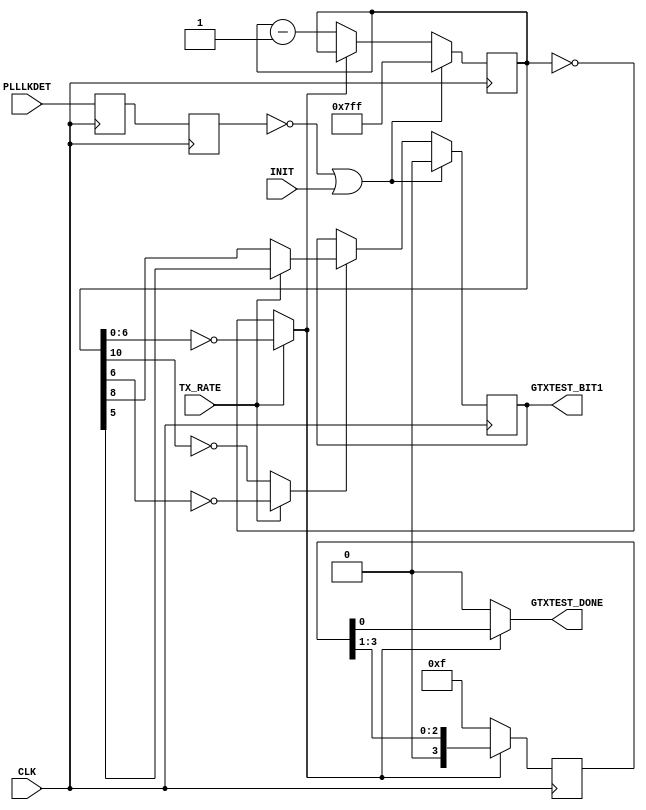
`timescale 1ns / 1ps

module clk_div_reset #(
	parameter TMR = 0
)
(
	input  	CLK,
	input  	PLLLKDET,
	input  	TX_RATE,
	input  	INIT,
   output   GTXTEST_DONE,
	output 	GTXTEST_BIT1
);


generate
if(TMR==1) 
begin : ClkDivRst_TMR
	
	(* syn_preserve = "true" *) reg         plllkdet_sync_1;
	(* syn_preserve = "true" *) reg         plllkdet_sync_2;
	(* syn_preserve = "true" *) reg         plllkdet_sync_3;
	(* syn_preserve = "true" *) reg         plllkdet_1;
	(* syn_preserve = "true" *) reg         plllkdet_2;
	(* syn_preserve = "true" *) reg         plllkdet_3;
	(* syn_preserve = "true" *) reg  [10:0] reset_dly_ctr_1;
	(* syn_preserve = "true" *) reg  [10:0] reset_dly_ctr_2;
	(* syn_preserve = "true" *) reg  [10:0] reset_dly_ctr_3;
	(* syn_preserve = "true" *) reg         reset_dly_done_1;
	(* syn_preserve = "true" *) reg         reset_dly_done_2;
	(* syn_preserve = "true" *) reg         reset_dly_done_3;
	(* syn_preserve = "true" *) reg  [3:0]  testdone_f_1;
	(* syn_preserve = "true" *) reg  [3:0]  testdone_f_2;
	(* syn_preserve = "true" *) reg  [3:0]  testdone_f_3;
	
	(* syn_keep = "true" *) wire          vt_plllkdet_sync_1;
	(* syn_keep = "true" *) wire          vt_plllkdet_sync_2;
	(* syn_keep = "true" *) wire          vt_plllkdet_sync_3;
	(* syn_keep = "true" *) wire          vt_plllkdet_1;
	(* syn_keep = "true" *) wire          vt_plllkdet_2;
	(* syn_keep = "true" *) wire          vt_plllkdet_3;
	(* syn_keep = "true" *) wire   [10:0] vt_reset_dly_ctr_1;
	(* syn_keep = "true" *) wire   [10:0] vt_reset_dly_ctr_2;
	(* syn_keep = "true" *) wire   [10:0] vt_reset_dly_ctr_3;
	(* syn_keep = "true" *) wire          vt_reset_dly_done_1;
	(* syn_keep = "true" *) wire          vt_reset_dly_done_2;
	(* syn_keep = "true" *) wire          vt_reset_dly_done_3;
	
	(* syn_keep = "true" *) wire          vt_testdone_f;
	
	(* syn_keep = "true" *) wire zero_match_1;
	(* syn_keep = "true" *) wire zero_match_2;
	(* syn_keep = "true" *) wire zero_match_3;
	(* syn_keep = "true" *) wire hbit_zero_1;
	(* syn_keep = "true" *) wire hbit_zero_2;
	(* syn_keep = "true" *) wire hbit_zero_3;
	(* syn_keep = "true" *) wire rst_bit_1;
	(* syn_keep = "true" *) wire rst_bit_2;
	(* syn_keep = "true" *) wire rst_bit_3;

	assign vt_plllkdet_sync_1  = (plllkdet_sync_1  & plllkdet_sync_2 ) | (plllkdet_sync_2  & plllkdet_sync_3 ) | (plllkdet_sync_1  & plllkdet_sync_3 ); // Majority logic
	assign vt_plllkdet_sync_2  = (plllkdet_sync_1  & plllkdet_sync_2 ) | (plllkdet_sync_2  & plllkdet_sync_3 ) | (plllkdet_sync_1  & plllkdet_sync_3 ); // Majority logic
	assign vt_plllkdet_sync_3  = (plllkdet_sync_1  & plllkdet_sync_2 ) | (plllkdet_sync_2  & plllkdet_sync_3 ) | (plllkdet_sync_1  & plllkdet_sync_3 ); // Majority logic
	assign vt_plllkdet_1       = (plllkdet_1       & plllkdet_2      ) | (plllkdet_2       & plllkdet_3      ) | (plllkdet_1       & plllkdet_3      ); // Majority logic
	assign vt_plllkdet_2       = (plllkdet_1       & plllkdet_2      ) | (plllkdet_2       & plllkdet_3      ) | (plllkdet_1       & plllkdet_3      ); // Majority logic
	assign vt_plllkdet_3       = (plllkdet_1       & plllkdet_2      ) | (plllkdet_2       & plllkdet_3      ) | (plllkdet_1       & plllkdet_3      ); // Majority logic
	assign vt_reset_dly_ctr_1  = (reset_dly_ctr_1  & reset_dly_ctr_2 ) | (reset_dly_ctr_2  & reset_dly_ctr_3 ) | (reset_dly_ctr_1  & reset_dly_ctr_3 ); // Majority logic
	assign vt_reset_dly_ctr_2  = (reset_dly_ctr_1  & reset_dly_ctr_2 ) | (reset_dly_ctr_2  & reset_dly_ctr_3 ) | (reset_dly_ctr_1  & reset_dly_ctr_3 ); // Majority logic
	assign vt_reset_dly_ctr_3  = (reset_dly_ctr_1  & reset_dly_ctr_2 ) | (reset_dly_ctr_2  & reset_dly_ctr_3 ) | (reset_dly_ctr_1  & reset_dly_ctr_3 ); // Majority logic
	assign vt_reset_dly_done_1 = (reset_dly_done_1 & reset_dly_done_2) | (reset_dly_done_2 & reset_dly_done_3) | (reset_dly_done_1 & reset_dly_done_3); // Majority logic
	assign vt_reset_dly_done_2 = (reset_dly_done_1 & reset_dly_done_2) | (reset_dly_done_2 & reset_dly_done_3) | (reset_dly_done_1 & reset_dly_done_3); // Majority logic
	assign vt_reset_dly_done_3 = (reset_dly_done_1 & reset_dly_done_2) | (reset_dly_done_2 & reset_dly_done_3) | (reset_dly_done_1 & reset_dly_done_3); // Majority logic
	
	assign vt_testdone_f       = (testdone_f_1[0]  & testdone_f_2[0] ) | (testdone_f_2[0]  & testdone_f_3[0] ) | (testdone_f_1[0]  & testdone_f_3[0] ); // Majority logic

	assign GTXTEST_BIT1  = vt_reset_dly_done_1; 
   assign GTXTEST_DONE  = zero_match_1 ? vt_testdone_f : 1'b0;
	
	assign zero_match_1 = (TX_RATE == 1'b0) ? (vt_reset_dly_ctr_1 == 11'd0)    : (vt_reset_dly_ctr_1[6:0] == 7'h00);
	assign zero_match_2 = (TX_RATE == 1'b0) ? (vt_reset_dly_ctr_2 == 11'd0)    : (vt_reset_dly_ctr_2[6:0] == 7'h00);
	assign zero_match_3 = (TX_RATE == 1'b0) ? (vt_reset_dly_ctr_3 == 11'd0)    : (vt_reset_dly_ctr_3[6:0] == 7'h00);
	assign hbit_zero_1  = (TX_RATE == 1'b0) ? (vt_reset_dly_ctr_1[10] == 1'b0) : (vt_reset_dly_ctr_1[6] == 1'b0);
	assign hbit_zero_2  = (TX_RATE == 1'b0) ? (vt_reset_dly_ctr_2[10] == 1'b0) : (vt_reset_dly_ctr_2[6] == 1'b0);
	assign hbit_zero_3  = (TX_RATE == 1'b0) ? (vt_reset_dly_ctr_3[10] == 1'b0) : (vt_reset_dly_ctr_3[6] == 1'b0);
	assign rst_bit_1    = (TX_RATE == 1'b0) ?  vt_reset_dly_ctr_1[8]            : vt_reset_dly_ctr_1[5];
	assign rst_bit_2    = (TX_RATE == 1'b0) ?  vt_reset_dly_ctr_2[8]            : vt_reset_dly_ctr_2[5];
	assign rst_bit_3    = (TX_RATE == 1'b0) ?  vt_reset_dly_ctr_3[8]            : vt_reset_dly_ctr_3[5];

	always @(posedge CLK)
	begin
		plllkdet_1    	  <=   PLLLKDET;
		plllkdet_2    	  <=   PLLLKDET;
		plllkdet_3    	  <=   PLLLKDET;
		plllkdet_sync_1  <=   vt_plllkdet_1;
		plllkdet_sync_2  <=   vt_plllkdet_2;
		plllkdet_sync_3  <=   vt_plllkdet_3;
		reset_dly_ctr_1  <= (!vt_plllkdet_sync_1 || INIT) ? 11'h7FF : (!zero_match_1 ? vt_reset_dly_ctr_1 - 1'b1 : vt_reset_dly_ctr_1);
		reset_dly_ctr_2  <= (!vt_plllkdet_sync_2 || INIT) ? 11'h7FF : (!zero_match_2 ? vt_reset_dly_ctr_2 - 1'b1 : vt_reset_dly_ctr_2);
		reset_dly_ctr_3  <= (!vt_plllkdet_sync_3 || INIT) ? 11'h7FF : (!zero_match_3 ? vt_reset_dly_ctr_3 - 1'b1 : vt_reset_dly_ctr_3);
		reset_dly_done_1 <= (!vt_plllkdet_sync_1 || INIT) ? 1'b0    : ( hbit_zero_1  ? rst_bit_1              : vt_reset_dly_done_1);
		reset_dly_done_2 <= (!vt_plllkdet_sync_2 || INIT) ? 1'b0    : ( hbit_zero_2  ? rst_bit_2              : vt_reset_dly_done_2);
		reset_dly_done_3 <= (!vt_plllkdet_sync_3 || INIT) ? 1'b0    : ( hbit_zero_3  ? rst_bit_3              : vt_reset_dly_done_3);
		testdone_f_1     <= !zero_match_1 ? 4'b1111 : {1'b0, testdone_f_1[3:1]};
		testdone_f_2     <= !zero_match_2 ? 4'b1111 : {1'b0, testdone_f_2[3:1]};
		testdone_f_3     <= !zero_match_3 ? 4'b1111 : {1'b0, testdone_f_3[3:1]};
	end
end
else 
begin : ClkDivRst
	
   reg        plllkdet_sync;
   reg        plllkdet_r;
   reg [10:0] reset_dly_ctr;
   reg        reset_dly_done;
   reg [3:0]  testdone_f;
	
	wire zero_match;
	wire hbit_zero;
	wire rst_bit;

	assign GTXTEST_BIT1  = reset_dly_done; 
   assign GTXTEST_DONE  = zero_match ? testdone_f[0] : 1'b0;
	
	assign zero_match = (TX_RATE == 1'b0) ? (reset_dly_ctr == 11'd0) : (reset_dly_ctr[6:0] == 7'h00);
	assign hbit_zero  = (TX_RATE == 1'b0) ? (reset_dly_ctr[10] == 1'b0) : (reset_dly_ctr[6] == 1'b0);
	assign rst_bit    = (TX_RATE == 1'b0) ? reset_dly_ctr[8] : reset_dly_ctr[5];

	always @(posedge CLK)
	begin
		plllkdet_r    	<= PLLLKDET;
		plllkdet_sync 	<= plllkdet_r;
		reset_dly_ctr 	<= (!plllkdet_sync || INIT) ? 11'h7FF : (!zero_match ? reset_dly_ctr - 1'b1 : reset_dly_ctr);
		reset_dly_done	<= (!plllkdet_sync || INIT) ? 1'b0    : ( hbit_zero  ? rst_bit              : reset_dly_done);
		testdone_f     <= !zero_match ? 4'b1111 : {1'b0, testdone_f[3:1]};
	end
end
endgenerate

endmodule